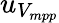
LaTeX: u_{V_{mpp}}